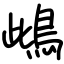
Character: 䳄